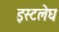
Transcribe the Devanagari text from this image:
इस्टलेघ